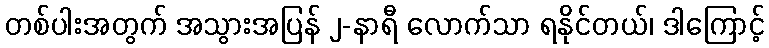
တစ်ပါးအတွက် အသွားအပြန် ၂-နာရီ လောက်သာ ရနိုင်တယ်၊ ဒါကြောင့်